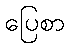
ပြေစာ